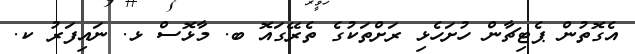
އެގޮތުން ޕެޓިޗާން ހުށަހެޅި ރަށްތަކުގެ ތެރޭގައޮ ބ. މާޅޮސް ޅ. ނައިފަރު ކ.